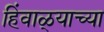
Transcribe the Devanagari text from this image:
हिंवाळ्याच्या